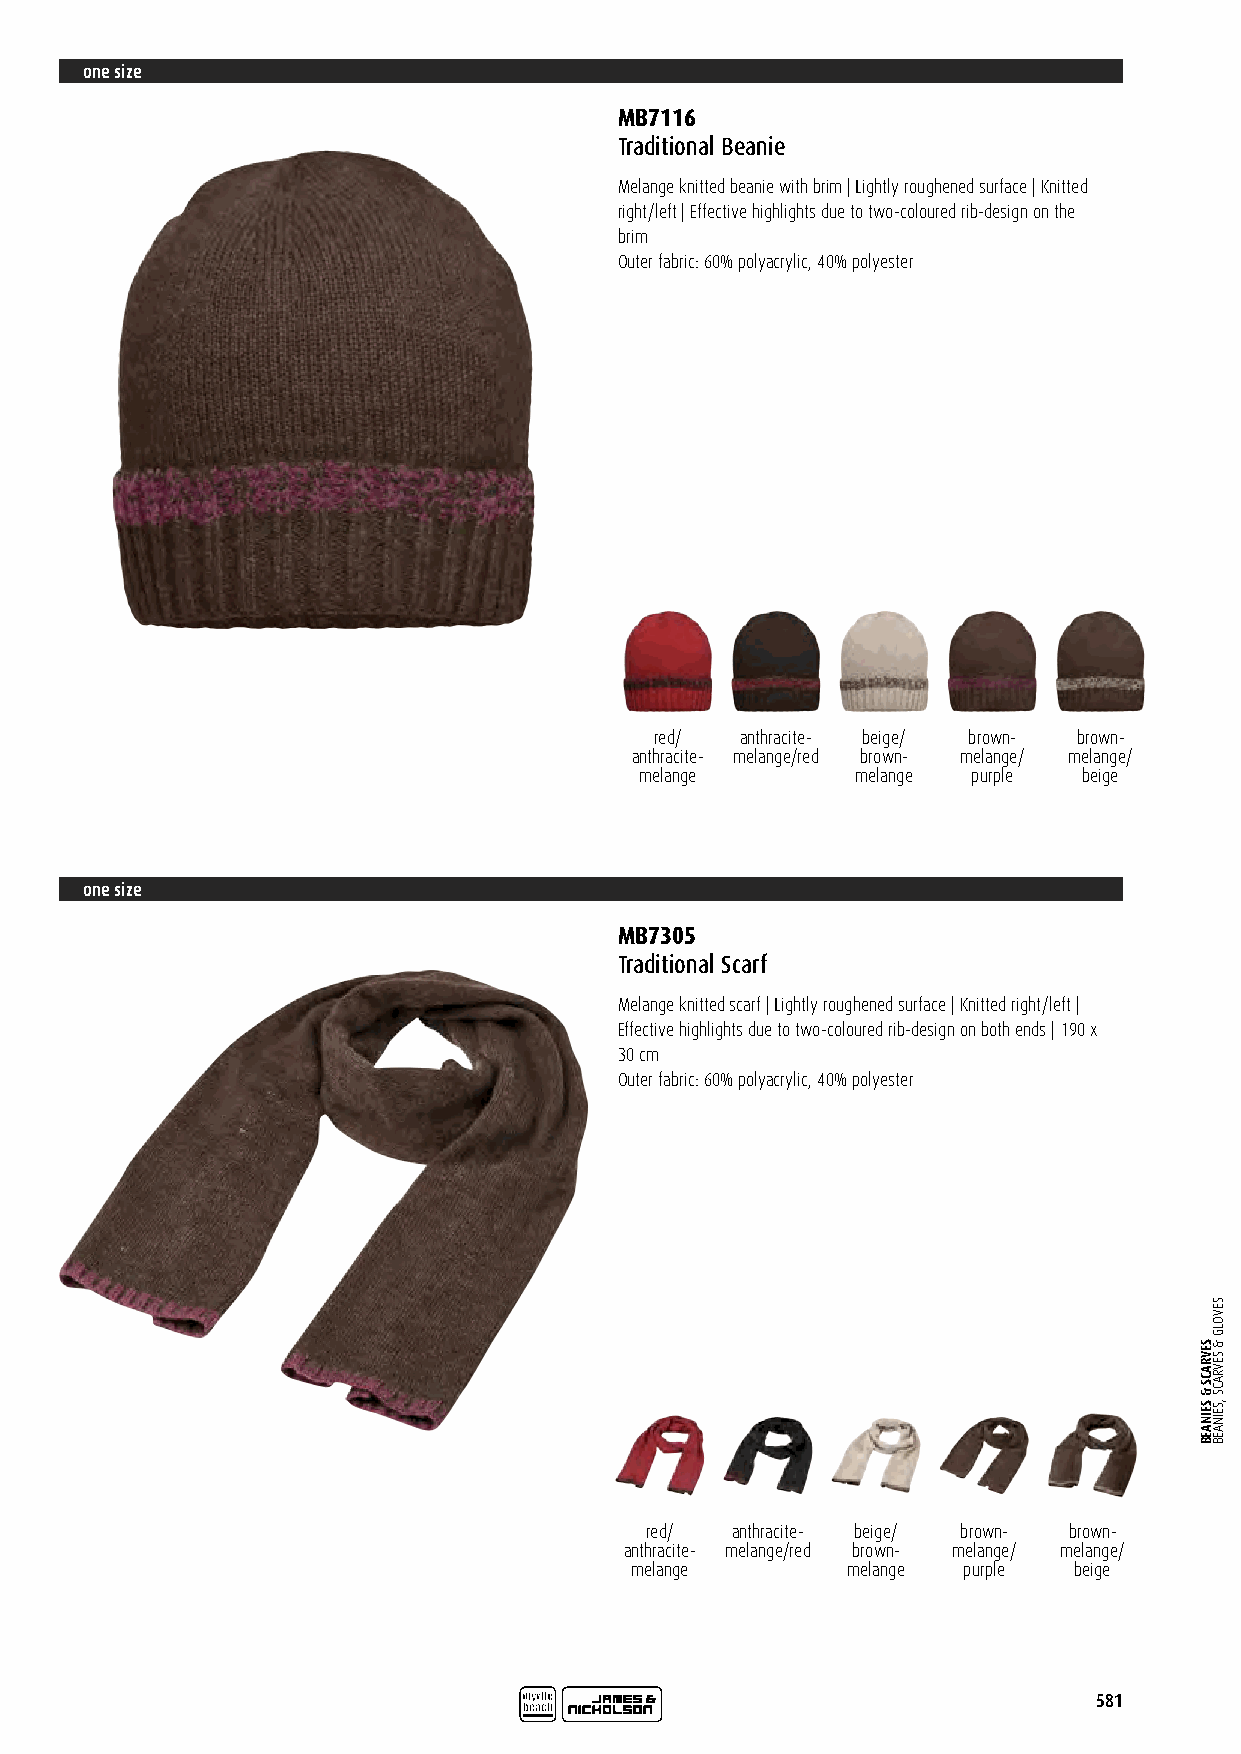
one size
 MB7116
 Traditional Beanie
 Melange knitted beanie with brim | Lightly roughened surface | Knitted
 right/left | Effective highlights due to two-coloured rib-design on the
 brim
 Outer fabric: 60% polyacrylic, 40% polyester
 red/  anthracite- beige/ brown- brown-
 anthracite- melange/red brown- melange/ melange/
 melange        melange purple beige
 one size
 MB7305
 Traditional Scarf
 Melange knitted scarf | Lightly roughened surface | Knitted right/left |
 Effective highlights due to two-coloured rib-design on both ends | 190 x
 30 cm
 Outer fabric: 60% polyacrylic, 40% polyester
 red/ anthracite- beige/ brown- brown-
 anthracite- melange/red brown- melange/ melange/
 melange       melange purple beige
 581
 SEVRACS
 &
 SEINAEB
 SEVOLG
 &
 SEVRACS
 ,SEINAEB